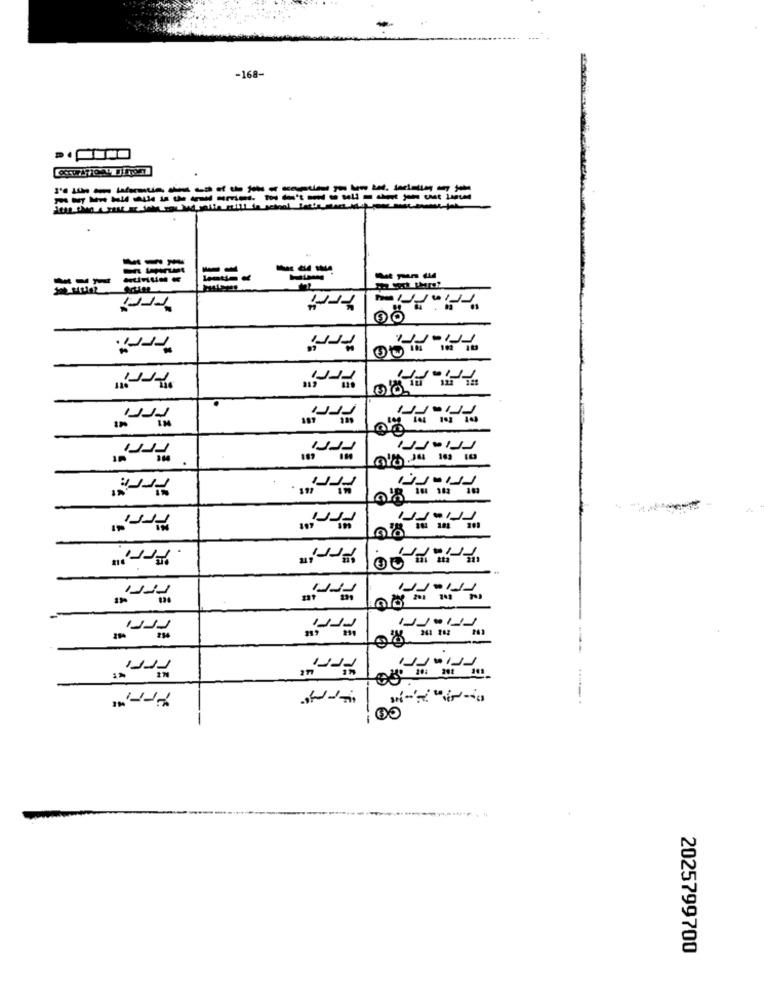
-168-
---------- ---------
-------
---
Feri
"Arri"
100
2025799700